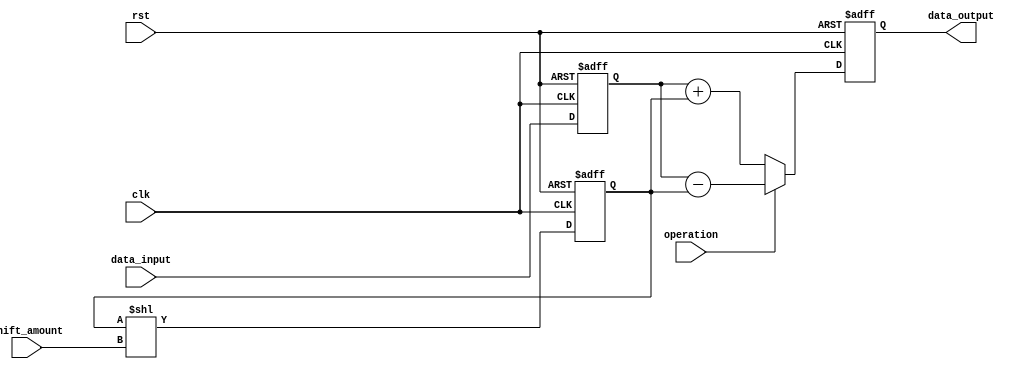
module fixed_point_shift_register (
    input clk,
    input rst,
    input [7:0] data_input,
    input [2:0] shift_amount,
    input operation, // 0 for addition, 1 for subtraction
    output reg [7:0] data_output
);

reg [7:0] input_register;
reg [7:0] shift_register;
reg [7:0] output_register;

always @(posedge clk or posedge rst) begin
    if (rst) begin
        input_register <= 8'd0;
        shift_register <= 8'd0;
        output_register <= 8'd0;
    end else begin
        input_register <= data_input;
        shift_register <= shift_register << shift_amount;
        if (operation == 0) begin
            output_register <= input_register + shift_register;
        end else begin
            output_register <= input_register - shift_register;
        end
    end
end

assign data_output = output_register;

endmodule